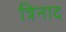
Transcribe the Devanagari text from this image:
त्रिनाद